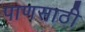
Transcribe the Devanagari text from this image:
पाणसाठी